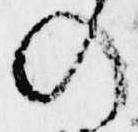
の